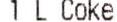
1 L COKE